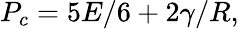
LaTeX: P_{c}=5E/6+2\gamma/R,